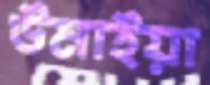
উমাইয়া